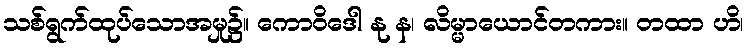
သစ်ရွက်ထုပ်သောအမှု၌။ ကောဝိဒေါ နု န၊ လိမ္မာယောင်တကား။ တထာ ဟိ၊